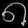
Digit: ၈